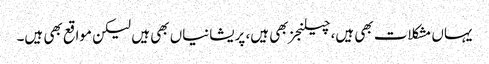
یہاں مشکلات بھی ہیں، چیلنجز بھی ہیں، پریشانیاں بھی ہیں لیکن مواقع بھی ہیں۔